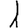
Digit: 1